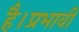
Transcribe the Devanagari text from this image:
है।प्रभावी